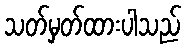
သတ်မှတ်ထားပါသည်